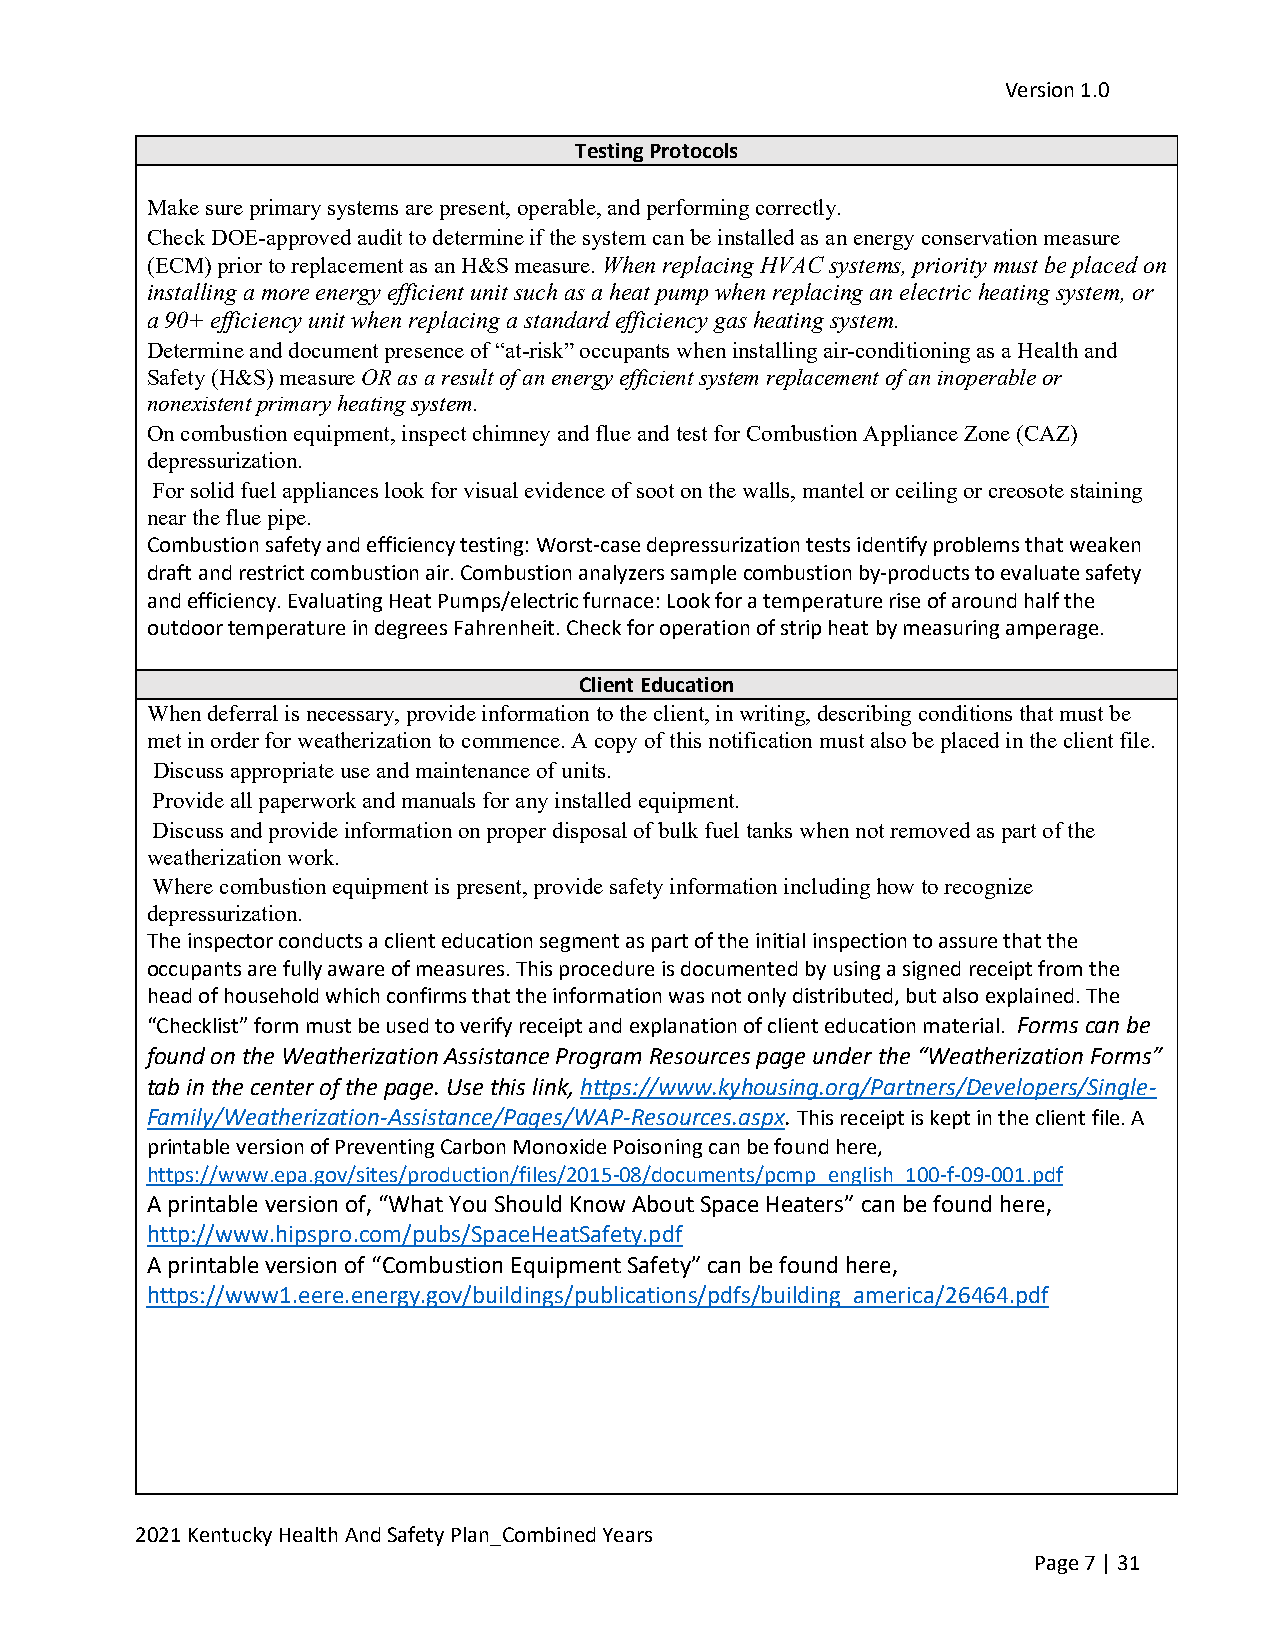
Version 1.0
 Testing Protocols
 Make sure primary systems are present, operable, and performing correctly.
 Check DOE-approved audit to determine if the system can be installed as an energy conservation measure
 (ECM) prior to replacement as an H&S measure. When replacing HVAC systems, priority must be placed on
 installing a more energy efficient unit such as a heat pump when replacing an electric heating system, or
 a 90+ efficiency unit when replacing a standard efficiency gas heating system.
 Determine and document presence of “at-risk” occupants when installing air-conditioning as a Health and
 Safety (H&S) measure OR as a result of an energy efficient system replacement of an inoperable or
 nonexistent primary heating system.
 On combustion equipment, inspect chimney and flue and test for Combustion Appliance Zone (CAZ)
 depressurization.
 For solid fuel appliances look for visual evidence of soot on the walls, mantel or ceiling or creosote staining
 near the flue pipe.
 Combustion safety and efficiency testing: Worst-case depressurization tests identify problems that weaken
 draft and restrict combustion air. Combustion analyzers sample combustion by-products to evaluate safety
 and efficiency. Evaluating Heat Pumps/electric furnace: Look for a temperature rise of around half the
 outdoor temperature in degrees Fahrenheit. Check for operation of strip heat by measuring amperage.
 Client Education
 When deferral is necessary, provide information to the client, in writing, describing conditions that must be
 met in order for weatherization to commence. A copy of this notification must also be placed in the client file.
 Discuss appropriate use and maintenance of units.
 Provide all paperwork and manuals for any installed equipment.
 Discuss and provide information on proper disposal of bulk fuel tanks when not removed as part of the
 weatherization work.
 Where combustion equipment is present, provide safety information including how to recognize
 depressurization.
 The inspector conducts a client education segment as part of the initial inspection to assure that the
 occupants are fully aware of measures. This procedure is documented by using a signed receipt from the
 head of household which confirms that the information was not only distributed, but also explained. The
 “Checklist” form must be used to verify receipt and explanation of client education material. Forms can be
 found on the Weatherization Assistance Program Resources page under the “Weatherization Forms”
 tab in the center of the page. Use this link, https://www.kyhousing.org/Partners/Developers/Single-
 Family/Weatherization-Assistance/Pages/WAP-Resources.aspx. This receipt is kept in the client file. A
 printable version of Preventing Carbon Monoxide Poisoning can be found here,
 https://www.epa.gov/sites/production/files/2015-08/documents/pcmp_english_100-f-09-001.pdf
 A printable version of, “What You Should Know About Space Heaters” can be found here,
 http://www.hipspro.com/pubs/SpaceHeatSafety.pdf
 A printable version of “Combustion Equipment Safety” can be found here,
 https://www1.eere.energy.gov/buildings/publications/pdfs/building_america/26464.pdf
 2021 Kentucky Health And Safety Plan_Combined Years
 Page 7 | 31